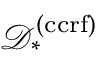
\mathcal { D } _ { * } ^ { ( \mathrm { c c r f } ) }